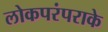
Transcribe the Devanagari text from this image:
लोकपरंपराके